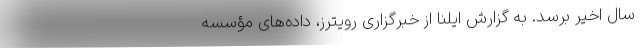
سال اخیر برسد. به گزارش ایلنا از خبرگزاری رویترز، داده‌های مؤسسه